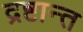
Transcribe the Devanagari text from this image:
द्रष्टान्त